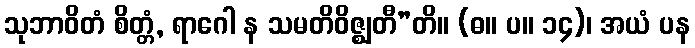
သုဘာဝိတံ စိတ္တံ, ရာဂေါ န သမတိဝိဇ္ဈတီ”တိ။ (ဓ။ ပ။ ၁၄)၊ အယံ ပန